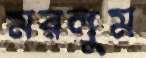
মরলুম